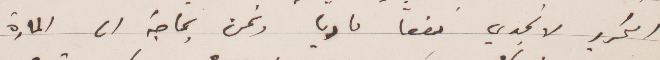
التحرر لا تجدي نفعًا ماديًا ونحن بحاجة إلى المادة